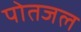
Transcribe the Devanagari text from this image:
पोतजल